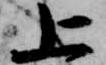
上